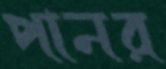
পানর